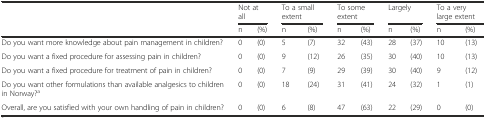
<table><thead><tr><td></td><td colspan="2"><b>Not at all</b></td><td colspan="2"><b>To a small extent</b></td><td colspan="2"><b>To some extent</b></td><td colspan="2"><b>Largely</b></td><td colspan="2"><b>To a very large extent</b></td></tr><tr><td></td><td><b>n</b></td><td><b>(%)</b></td><td><b>n</b></td><td><b>(%)</b></td><td><b>n</b></td><td><b>(%)</b></td><td><b>n</b></td><td><b>(%)</b></td><td><b>n</b></td><td><b>(%)</b></td></tr></thead><tbody><tr><td>Do you want more knowledge about pain management in children?</td><td>0</td><td>(0)</td><td>5</td><td>(7)</td><td>32</td><td>(43)</td><td>28</td><td>(37)</td><td>10</td><td>(13)</td></tr><tr><td>Do you want a fixed procedure for assessing pain in children?</td><td>0</td><td>(0)</td><td>9</td><td>(12)</td><td>26</td><td>(35)</td><td>30</td><td>(40)</td><td>10</td><td>(13)</td></tr><tr><td>Do you want a fixed procedure for treatment of pain in children?</td><td>0</td><td>(0)</td><td>7</td><td>(9)</td><td>29</td><td>(39)</td><td>30</td><td>(40)</td><td>9</td><td>(12)</td></tr><tr><td>Do you want other formulations than available analgesics to children in Norway?<sup>a</sup></td><td>0</td><td>(0)</td><td>18</td><td>(24)</td><td>31</td><td>(41)</td><td>24</td><td>(32)</td><td>1</td><td>(1)</td></tr><tr><td>Overall, are you satisfied with your own handling of pain in children?</td><td>0</td><td>(0)</td><td>6</td><td>(8)</td><td>47</td><td>(63)</td><td>22</td><td>(29)</td><td>0</td><td>(0)</td></tr></tbody></table>